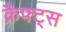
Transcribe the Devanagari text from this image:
क्रैफ्ट्स